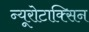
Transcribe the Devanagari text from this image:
न्यूरोटाक्सिन